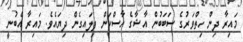
މައިރާ ދިން ހިތްވަރުގެ ސަބަބުން އާޝާގެ ހާސްކަން ފިލައިގެން ދިޔައެވެ. މައިރާ އެބުނީ